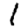
Digit: 1